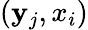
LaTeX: (\mathbf{y}_{j},x_{i})